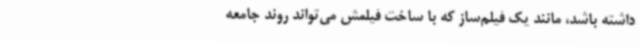
داشته باشد، مانند یک فیلم‌ساز که با ساخت فیلمش می‌تواند روند جامعه